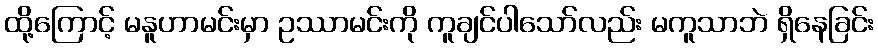
ထို့ကြောင့် မနူဟာမင်းမှာ ဥဿာမင်းကို ကူချင်ပါသော်လည်း မကူသာဘဲ ရှိနေခြင်း